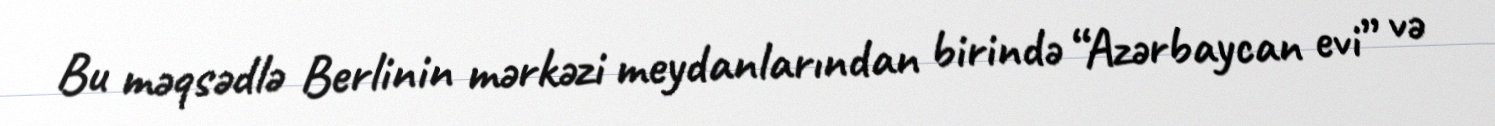
Bu məqsədlə Berlinin mərkəzi meydanlarından birində “Azərbaycan evi” və